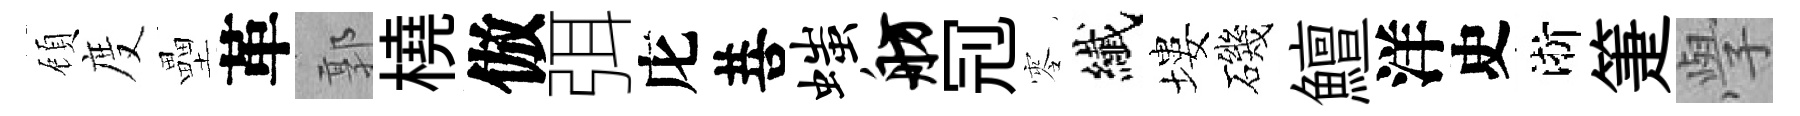
頋度壘革郭橈倣弭庀菩嗤舫𠜍零纎塿磯鱣洋史淅箑𭓕